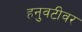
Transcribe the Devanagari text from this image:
हनुवटीवर